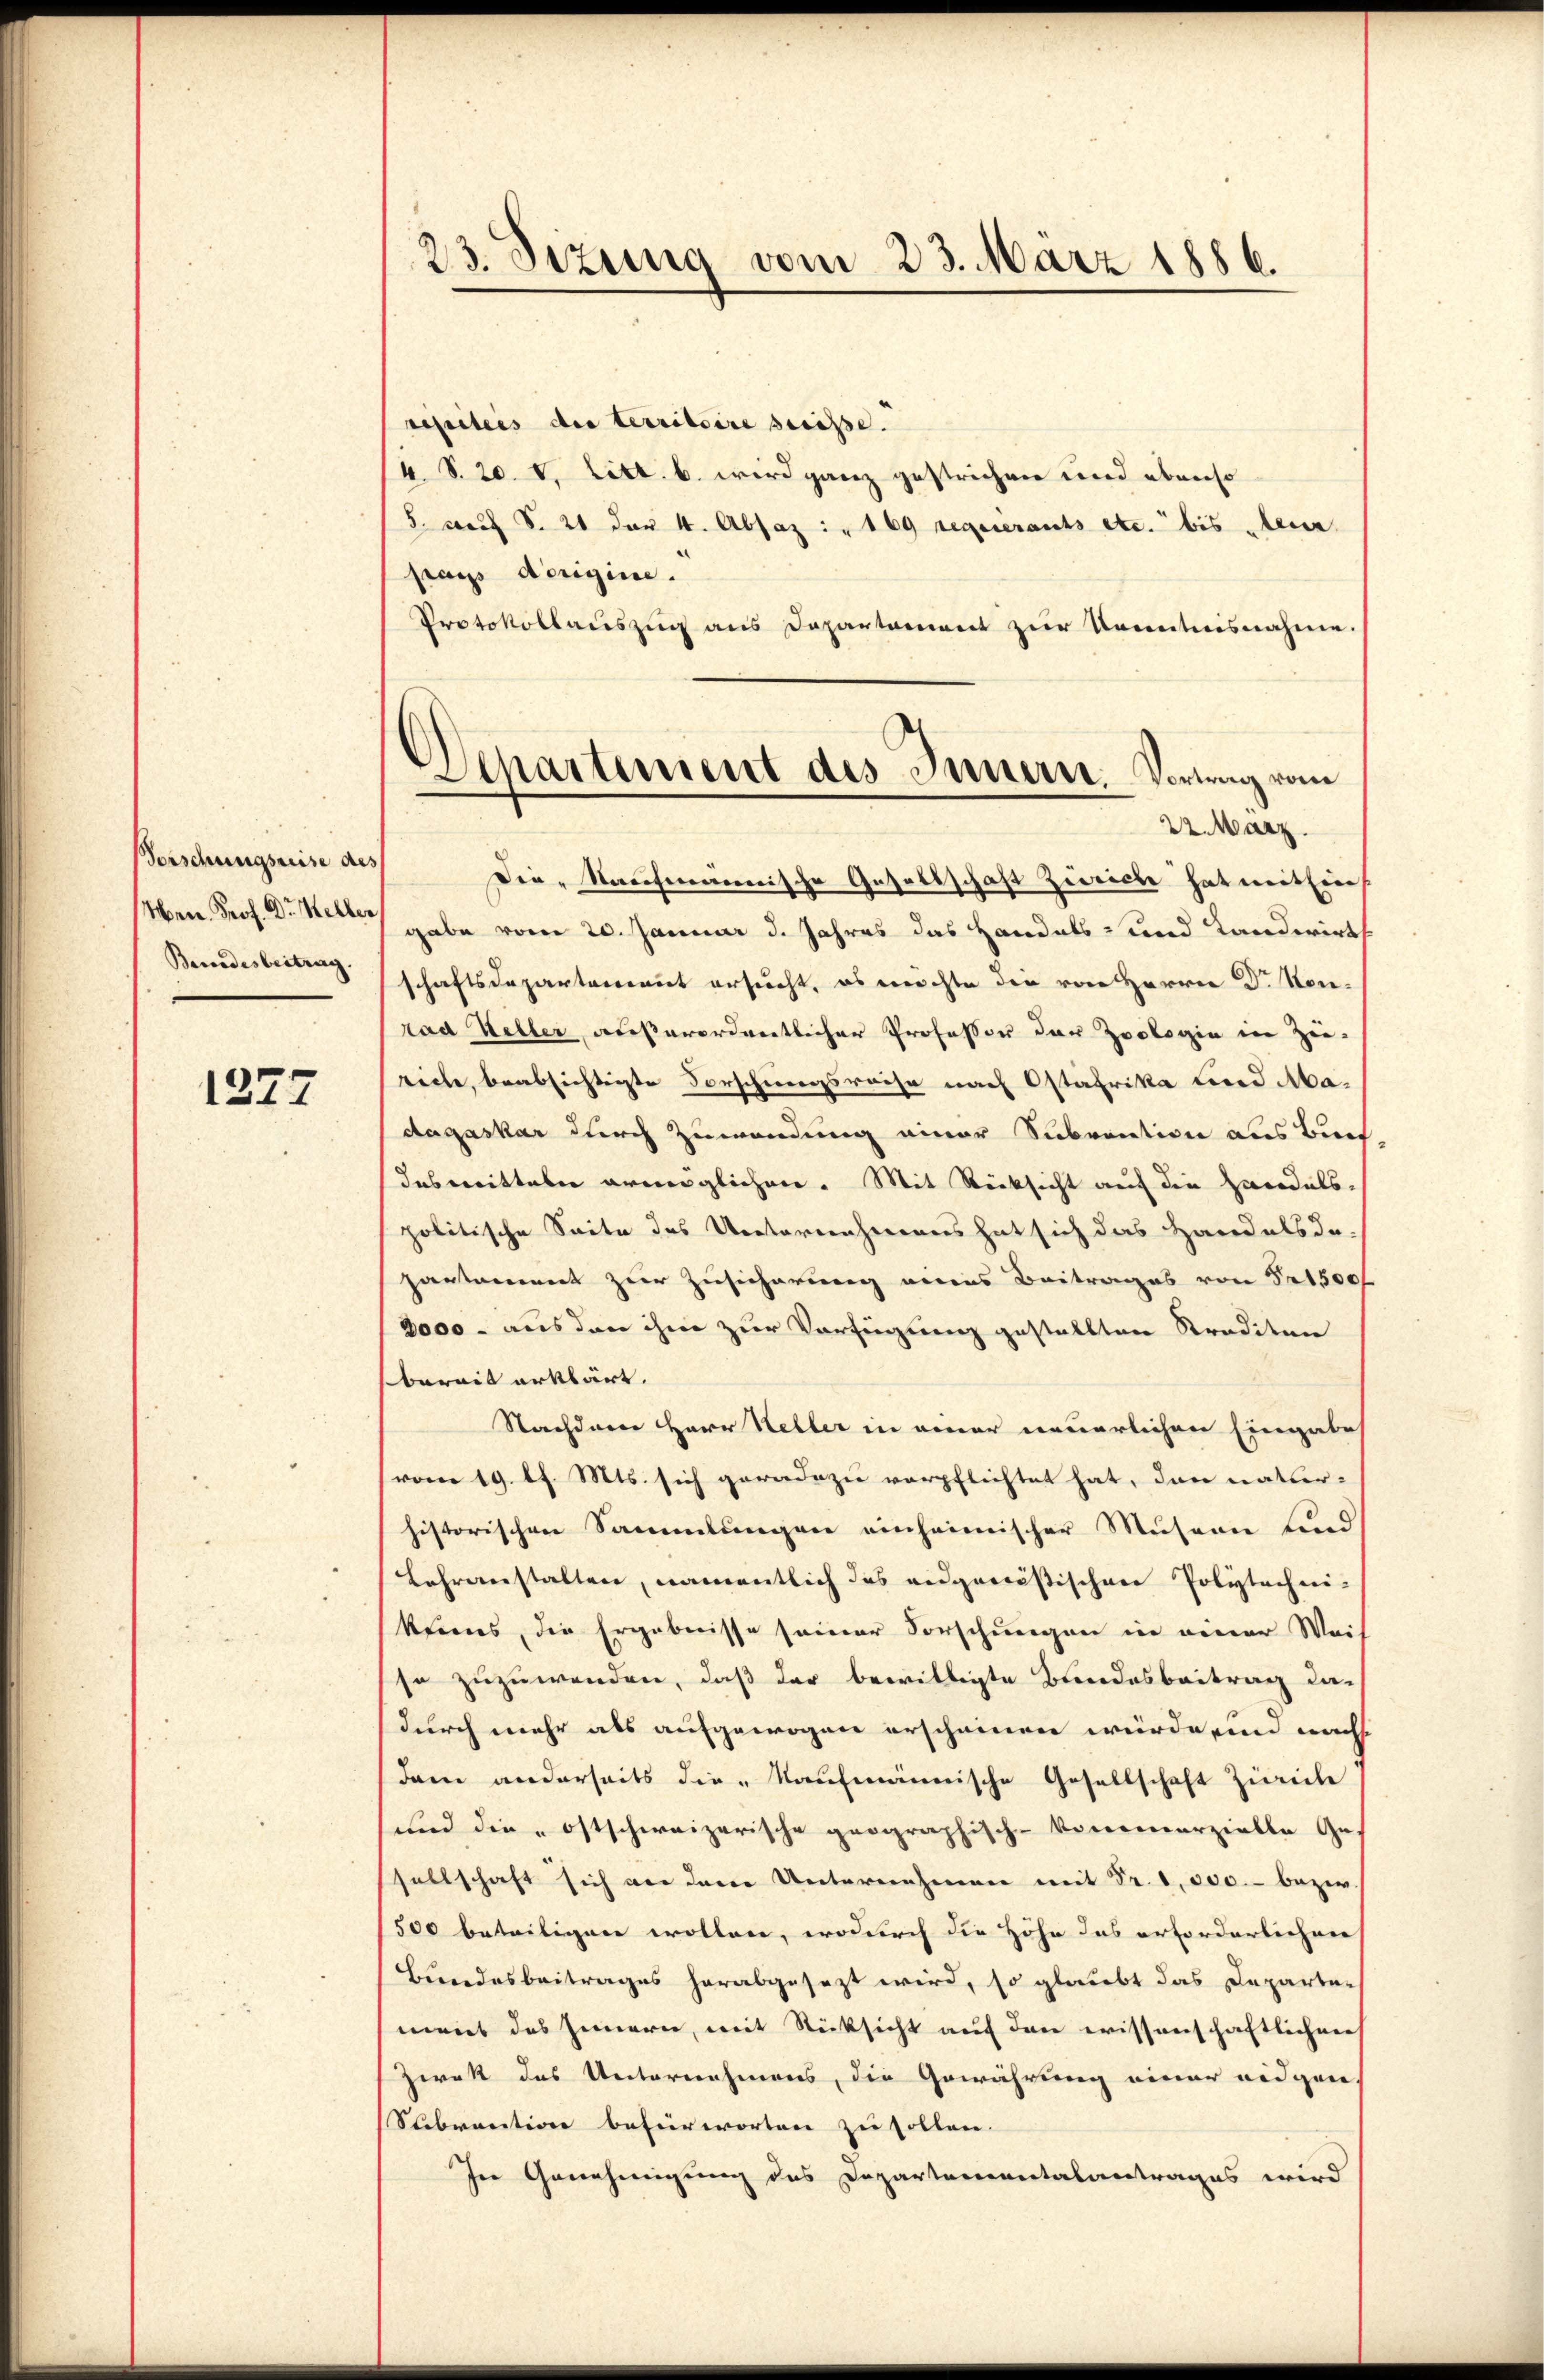
Vorschungsreise des
Bundesbeitrag

1277

23. Sizung vom 23. März 1886.

reseiters der territoire suisse.
4 S. 20. v. Litt. b. wird ganz gestrichen und ebenso
5. auf S. 21 der 4. Absaz : „ 169 requierants etc. bis teur
pras dorigine.
Protokollauszug aus Departement zur Kenntnisnahme.
22. März.
Die Nachmannische Gesellschaft Zürich hat mithin
Hrn. Prof. Dr. Stetter gabe vom 20. Januar d. Jahres das Handels- und Landwirth
schaftsdeparterrait ersucht, es möchte die von Herrn Dr. Kon-
rad Keller außerordentlicher Professor der Zoologie in Zu-
ricte, beabsichtigte Vorschweigsreise nach Ostafrika und Madagaskar durch Zuwendung einer Subvention aus Bin
desmitteln ermöglichen. Mit Rücksicht auf die Handels-
politische Seite des Urstornehmens hat sich das Handels da-
partament zur Zusicherung eines Beitrages von Sr 1500f
8000 - aus den ihm zur Verfügung gestellten Straditen
berait erklärt.
Nachdem Herr Heller in einer neuerlichen Eingabe
vom 19. l. Mts. sich geradezu verpflichtet hat, dann natur-
historischen Sammlungen einheimischer Musern und
Lehranstalten, namentlich das eidgenößischen Polytechni-
keines, die Ergebnisse seiner Forschungen in einer Weis
se zuzuwenden, daß der bewilligte Bundesbeitrag dadurch mehr als aufgewogen erscheinen würde, und nach
dam anderseits die kaufmännische Gesellschaft Zürich
sund die ostschweizerische geographisch-kommerzielle Gesellschaft sich an dem Unternehmen mit Fr. 1,000.- bezw.
/500 beteiligen wollen, wodurch die Höhe das erforderlichen
Bundesbeitrages herabgesezt wird, so glaubt das Departen
meiet das Innern, mit Rücksicht auf den wissenschaftlichen
Zwek des Unternehmens, die Gewährung einer eidgen.
Stebraction befürworten zu sollen.
In Genehmigung des Departementalantrages wird

Departement des Innern. Vortag vom